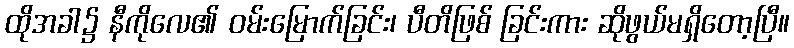
ထိုအခါ၌ နီကိုလေ၏ ဝမ်းမြောက်ခြင်း၊ ပီတိဖြစ် ခြင်းကား ဆိုဖွယ်မရှိတော့ပြီ။